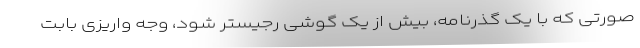
صورتی که با یک گذرنامه، بیش از یک گوشی رجیستر شود، وجه واریزی بابت